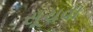
સૂચવા